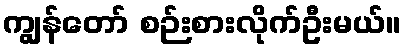
ကျွန်တော် စဉ်းစားလိုက်ဦးမယ်။